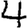
Digit: 4